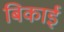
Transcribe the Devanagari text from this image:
बिकाई